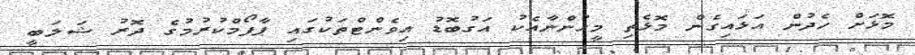
މޮޅަށް ހެދުން އަޅައިގެން މޮޅެތި މީހުންނާއެކު އަގުބޮޑު އިވެންޓްތަކުގައި ޕާފޯމްކުރުމުގެ ދޮރު ޝަލަބީ